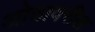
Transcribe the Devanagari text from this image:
ओठावरील